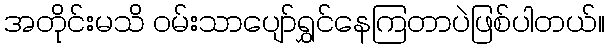
အတိုင်းမသိ ဝမ်းသာပျော်ရွှင်နေကြတာပဲဖြစ်ပါတယ်။